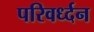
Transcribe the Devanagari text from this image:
परिवर्ध्दन